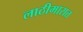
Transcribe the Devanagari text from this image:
लाठीमारात